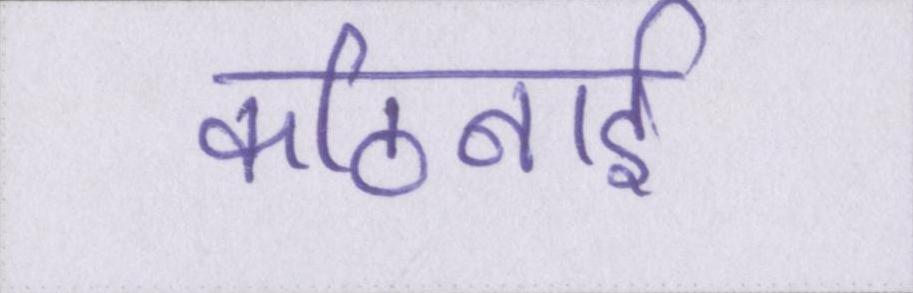
कठिनाई